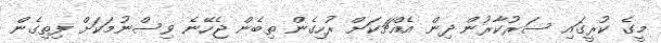
މީގެ ކުރީގައި ސަރުކާރުން ދިން އެއްޗަކަށް ރުހިގެން ތިބެން ޖެހޭނެ ވިސްނުމަކަށް ފިތިގެން